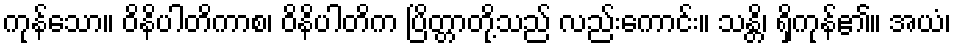
ကုန်သော။ ဝိနိပါတိကာစ၊ ဝိနိပါတိက ပြိတ္တာတို့သည် လည်းကောင်း။ သန္တိ၊ ရှိကုန်၏။ အယံ၊